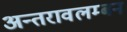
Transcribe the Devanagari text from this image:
अन्तरावलम्बन